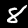
Digit: 8